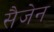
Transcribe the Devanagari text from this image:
सैजेन